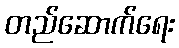
တည်ဆောက်ရေး